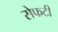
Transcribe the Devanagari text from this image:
सेफटी